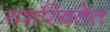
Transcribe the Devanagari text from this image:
यशस्वितेत